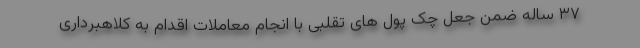
۳۷ ساله ضمن جعل چک پول های تقلبی با انجام معاملات اقدام به کلاهبرداری